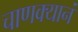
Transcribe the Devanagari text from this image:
चाणक्यानं